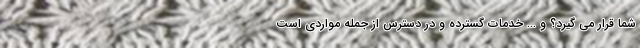
شما قرار می گیرد؟ و ... خدمات گسترده و در دسترس از جمله مواردی است